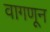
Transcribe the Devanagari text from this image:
वागणून